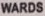
WARDS